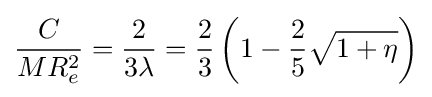
{\frac {C}{MR_{e}^{2}}}={\frac {2}{3\lambda }}={\frac {2}{3}}\left(1-{\frac {2}{5}}{\sqrt {1+\eta }}\right)